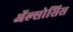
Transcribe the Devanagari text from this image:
ॲल्सोसिस